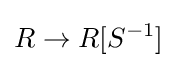
R\to R[S^{-1}]